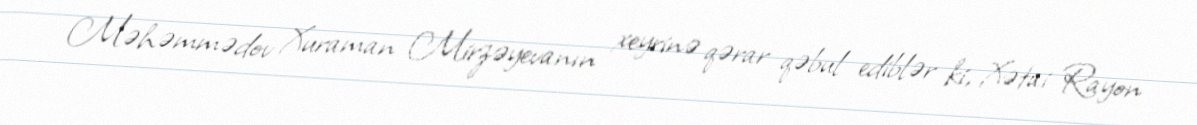
Məhəmmədov Xuraman Mirzəyevanın xeyrinə qərar qəbul ediblər ki, Xətai Rayon